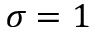
\sigma = 1